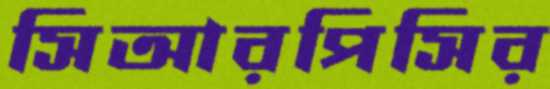
সিআরপিসির